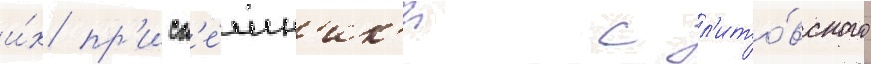
и́х пр'исп'е́шн'ик'и с л'ито́вского